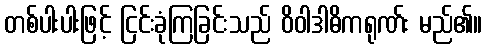
တစ်ပါးပါးဖြင့် ငြင်းခုံကြခြင်းသည် ဝိဝါဒါဓိကရုဏ်း မည်၏။